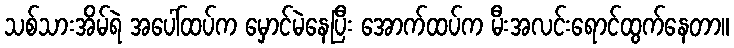
သစ်သားအိမ်ရဲ အပေါ်ထပ်က မှောင်မဲနေပြီး အောက်ထပ်က မီးအလင်းရောင်ထွက်နေတာ။